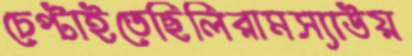
চেপ্‌টাইতেছিলিরামস্যাউয়